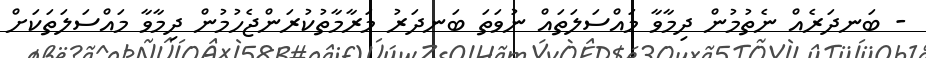
- ބަނދަރެއް ނެތުމުން ދިމާވާ މައްސަލަތައް ނުވަތަ ބަނދަރު މަރާމާތުކުރަންޖެހުމުން ދިމާވާ މައްސަލަތަކަށް